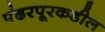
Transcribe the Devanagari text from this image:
पंढरपूरकडील